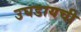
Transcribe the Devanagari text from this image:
उघडायची